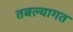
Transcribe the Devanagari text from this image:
तबल्यागत